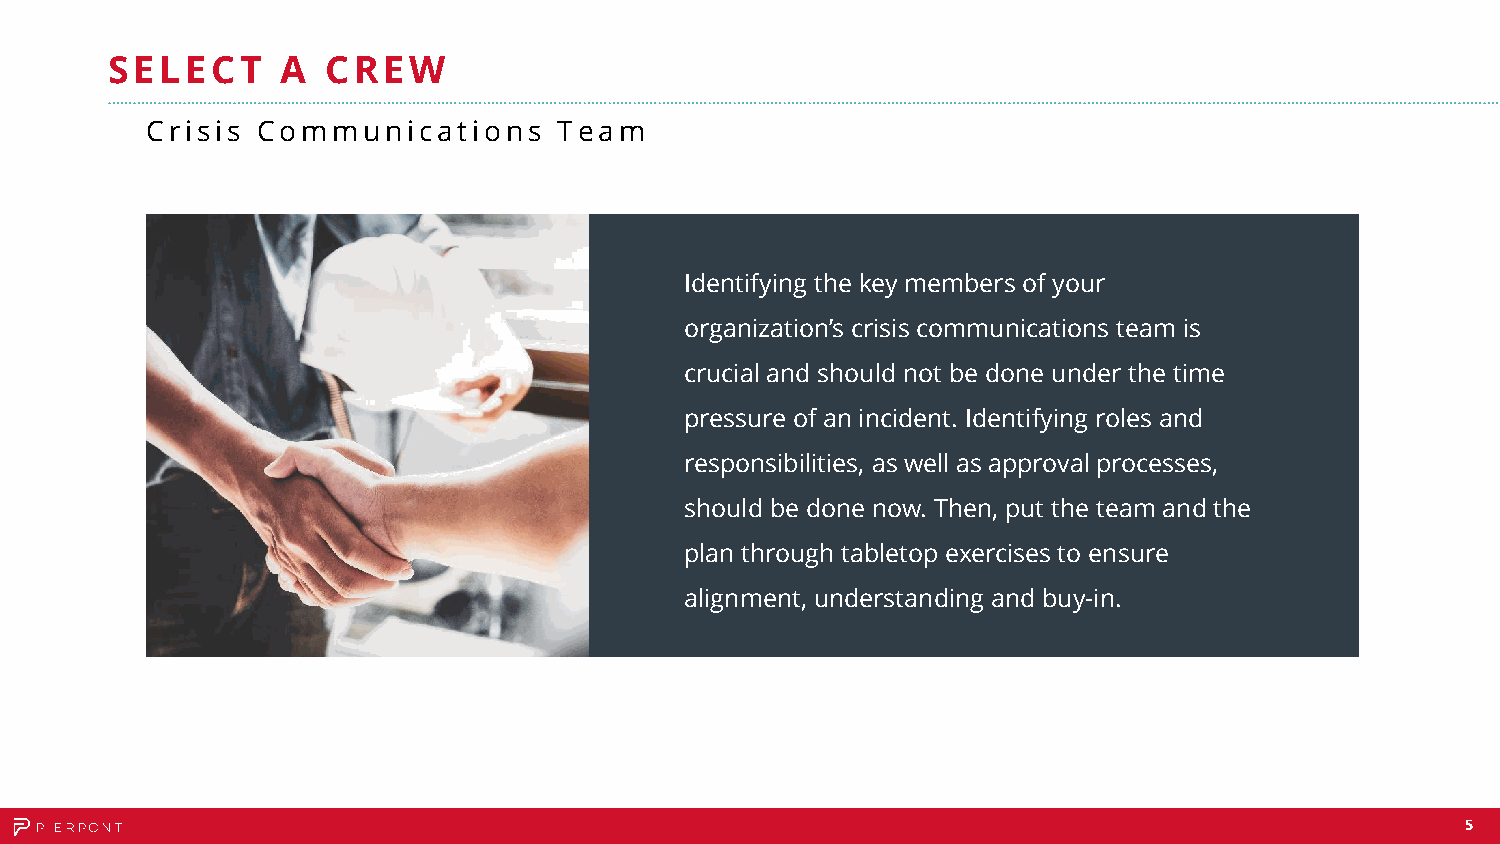
SELECT      A  CREW
 Crisis Communications      Team
 Identifying the key members of your
 organization’s crisis communications team is
 crucial and should not be done under the time
 pressure of an incident. Identifying roles and
 responsibilities, as well as approval processes,
 should be done now. Then, put the team and the
 plan through tabletop exercises to ensure
 alignment, understanding and buy-in.
 5